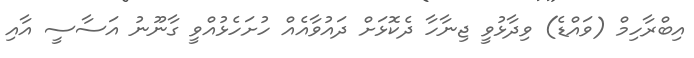
އިބްރާހިމް (ވައްޑެ) ވިދާޅުވީ ޖިނާހާ ދެކޮޅަށް ދައުވާއެއް ހުށަހެޅުއްވީ ގާނޫނު އަސާސީ އާއި